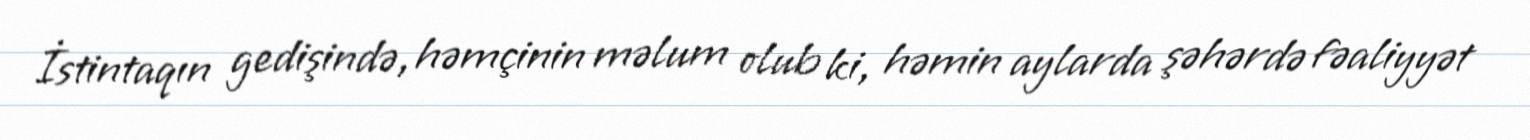
İstintaqın gedişində, həmçinin məlum olub ki, həmin aylarda şəhərdə fəaliyyət